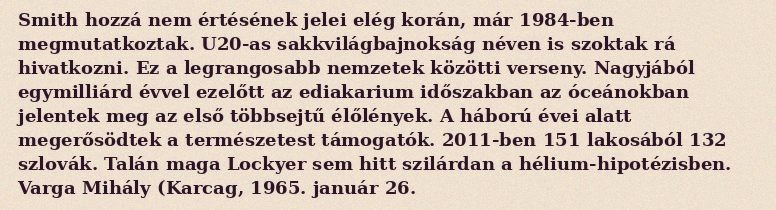
Smith hozzá nem értésének jelei elég korán, már 1984-ben megmutatkoztak. U20-as sakkvilágbajnokság néven is szoktak rá hivatkozni. Ez a legrangosabb nemzetek közötti verseny. Nagyjából egymilliárd évvel ezelőtt az ediakarium időszakban az óceánokban jelentek meg az első többsejtű élőlények. A háború évei alatt megerősödtek a természetest támogatók. 2011-ben 151 lakosából 132 szlovák. Talán maga Lockyer sem hitt szilárdan a hélium-hipotézisben. Varga Mihály (Karcag, 1965. január 26.